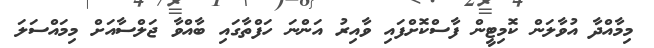
މިމާއްދާ އުވާލަން ކޮމިޓީން ފާސްކޮށްފައި ވާއިރު އަންނަ ހަފްތާގައި ބާއްވާ ޖަލްސާއަށް މިމައްސަލަ